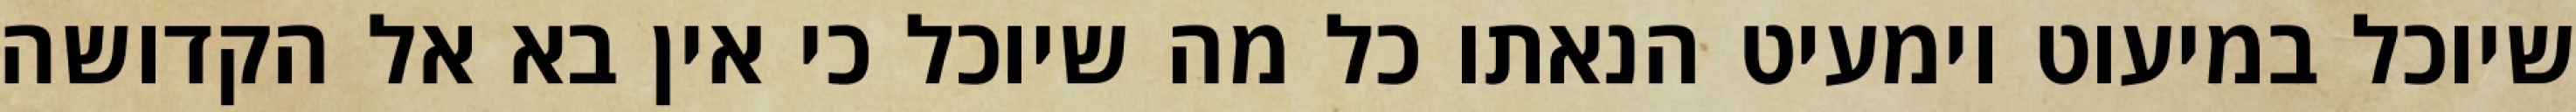
שיוכל במיעוט וימעיט הנאתו כל מה שיוכל כי אין בא אל הקדושה